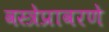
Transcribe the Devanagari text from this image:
वस्त्रेप्रावरणे